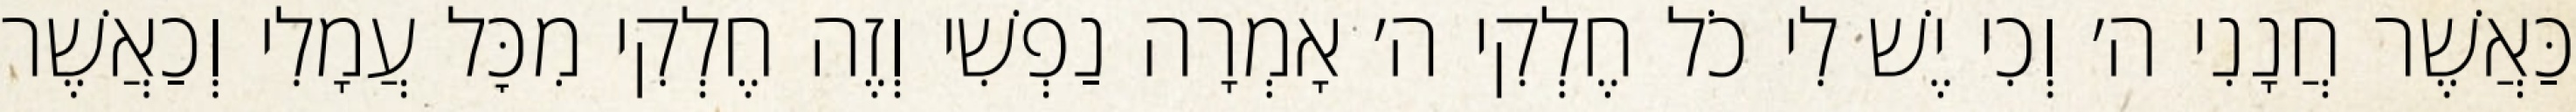
כַּאֲשֶׁר חֲנָנִי ה׳ וְכִי יֶשׁ לִי כֹל חֶלְקִי ה׳ אָמְרָה נַפְשִׁי וְזֶה חֶלְקִי מִכׇּל עֲמָלִי וְכַאֲשֶׁר